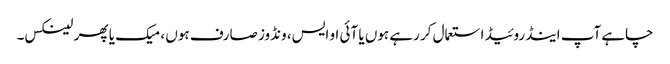
چاہے آپ اینڈروئیڈ استعمال کر رہے ہوں یا آئی او ایس، ونڈوز صارف ہوں ، میک یا پھر لینکس۔